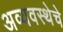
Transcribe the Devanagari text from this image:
अव्यवस्थेचे